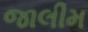
જાલીમ